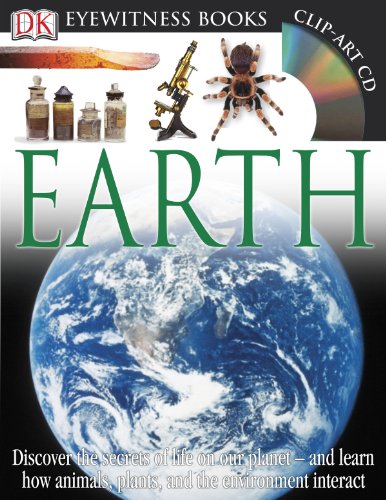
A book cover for DK Eyewitness Books: Earth; Susanna Van Rose; Children's Books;